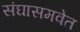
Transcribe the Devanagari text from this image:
संघासमवेत